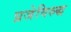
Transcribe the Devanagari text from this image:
प्रजेविरुद्ध